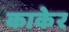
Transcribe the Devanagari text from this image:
काकेर